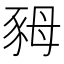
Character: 𧰷